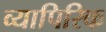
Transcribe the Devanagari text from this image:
व्यापिरिक